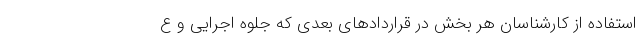
استفاده از کارشناسان هر بخش در قراردادهای بعدی که جلوه اجرایی و ع